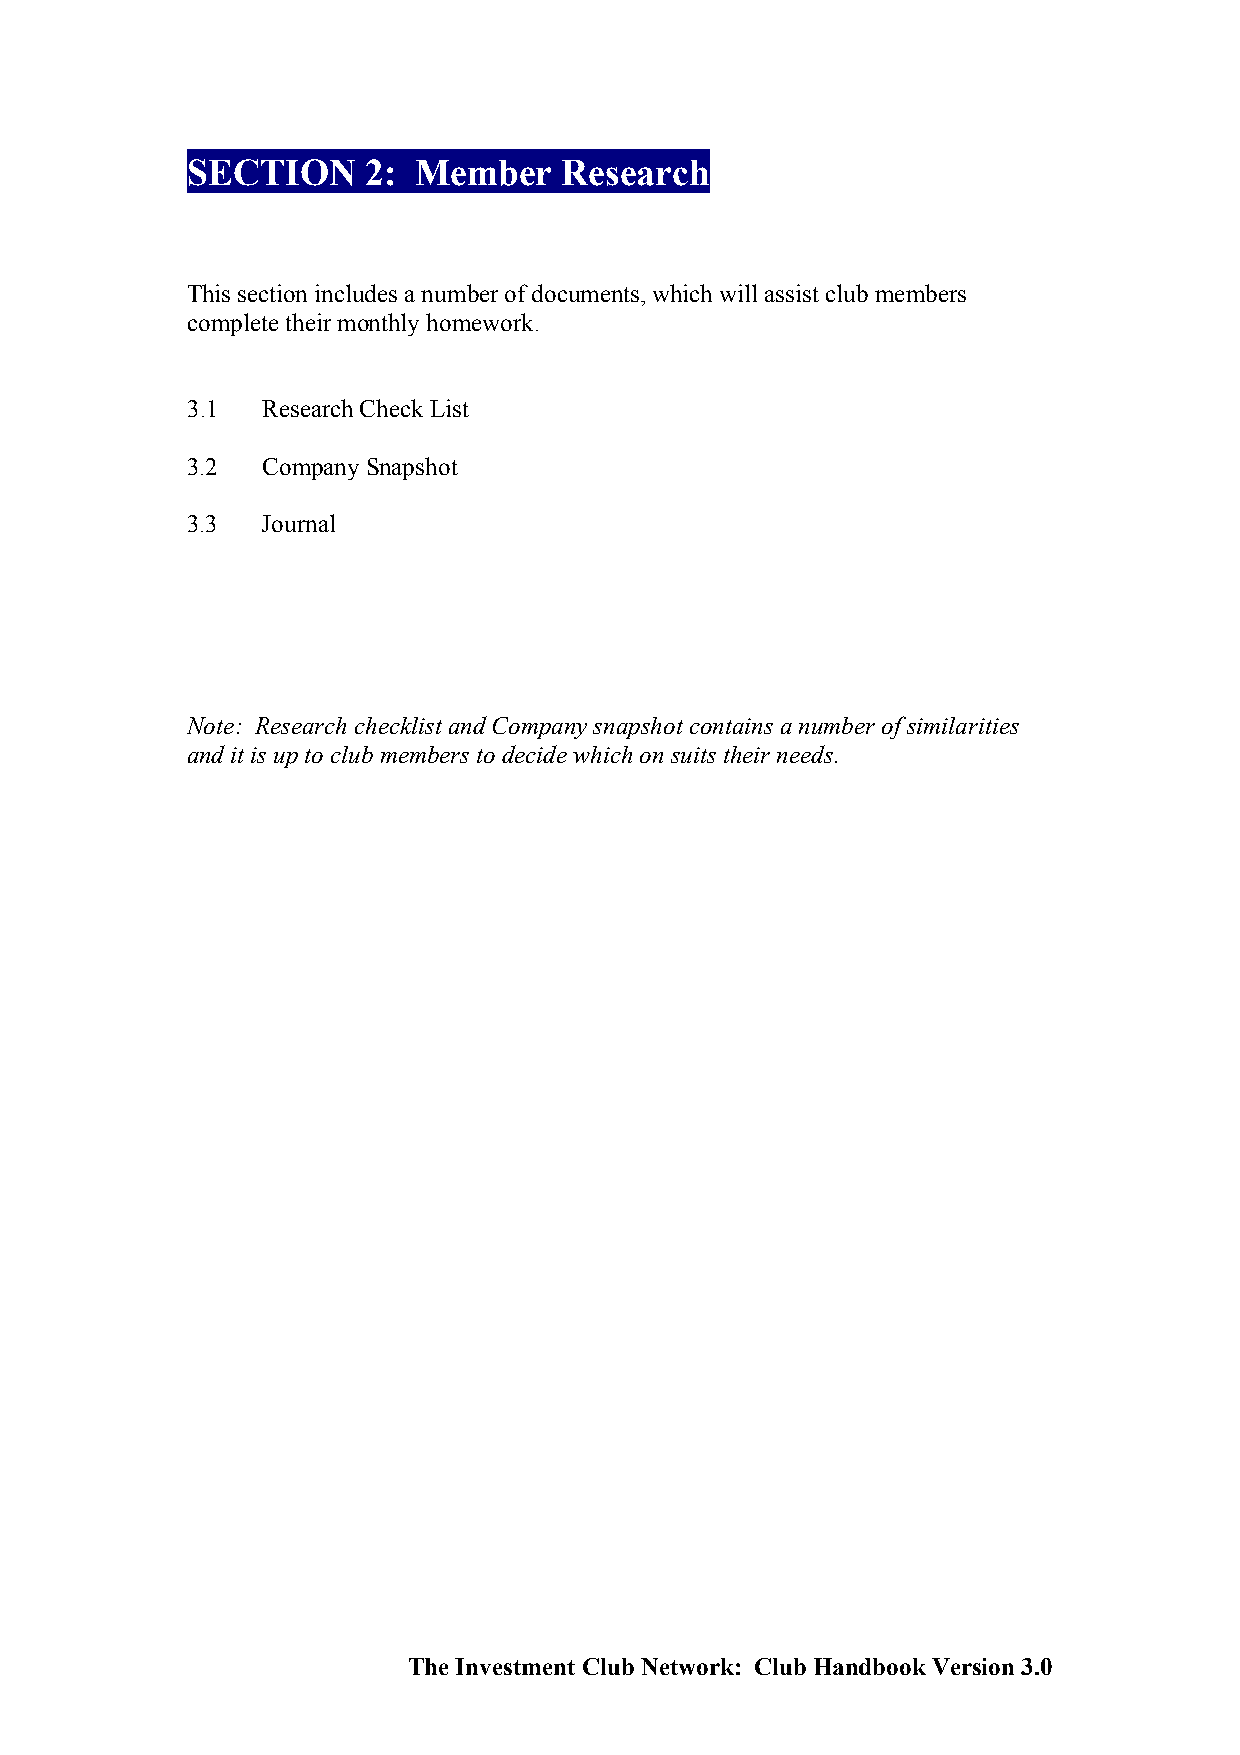
SECTION     2:  Member   Research
 This section includes a number of documents, which will assist club members
 complete their monthly homework.
 3.1  Research Check List
 3.2  Company Snapshot
 3.3  Journal
 Note: Research checklist and Company snapshot contains a number of similarities
 and it is up to club members to decide which on suits their needs.
 The Investment Club Network: Club Handbook Version 3.0